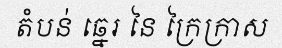
តំបន់ ឆ្នេរ នៃ ក្រៃក្រាស